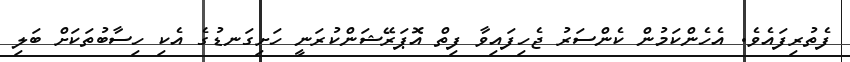
ފެތުރިފައެވެ. އެހެންކަމުން ކެންސަރު ޖެހިފައިވާ ފިތް އޮޕަރޭޝަންކުރަނީ ހަށިގަނޑުގެ އެކި ހިސާބުތަކަށް ބަލި